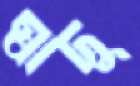
স্বাদু